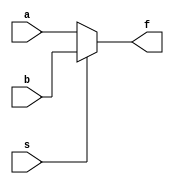
`timescale 1ns / 1ps
//////////////////////////////////////////////////////////////////////////////////
// Company: 
// Engineer: 
// 
// Design Name: 
// Module Name: mux2
// Project Name: 
// Target Devices: 
// Tool Versions: 
// Description: 
// 
// Dependencies: 
// 
// Revision:
// Revision 0.01 - File Created
// Additional Comments:
// 
//////////////////////////////////////////////////////////////////////////////////


module mux2
#(parameter WIDTH=32)
(
    input[(WIDTH-1):0] a,
    input[(WIDTH-1):0] b,
    input s,
    output[(WIDTH-1):0] f
 );
 
 assign f = s ? b:a;
endmodule